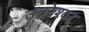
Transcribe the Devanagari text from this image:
उत्तरेश्‍वर